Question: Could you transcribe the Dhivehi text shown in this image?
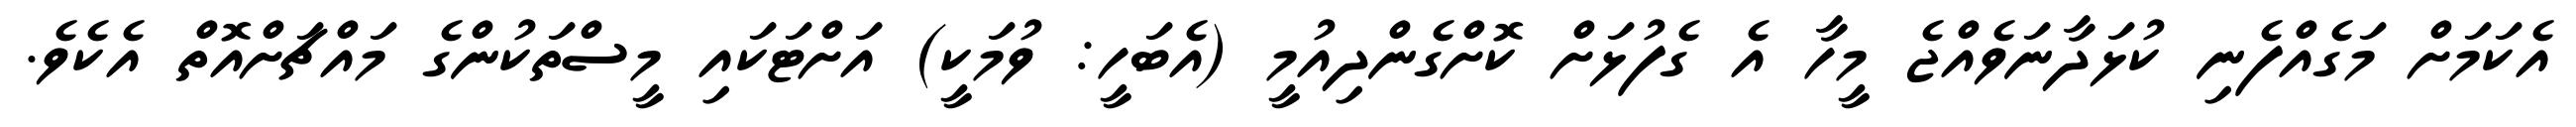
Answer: އެކަމަށް މަގެއްފެނި ކުޅަދާނަވެއްޖެ މީހާ އެ ގެފުޅަށް ކޮށްގެންދިއުމީ (އެބަހީ: ވުމަކީ) އަށްޓަކައި މީސްތަކުންގެ މައްޗަށްއޮތް އެކެވެ.